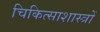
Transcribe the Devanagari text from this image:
चिकित्साशास्त्रों